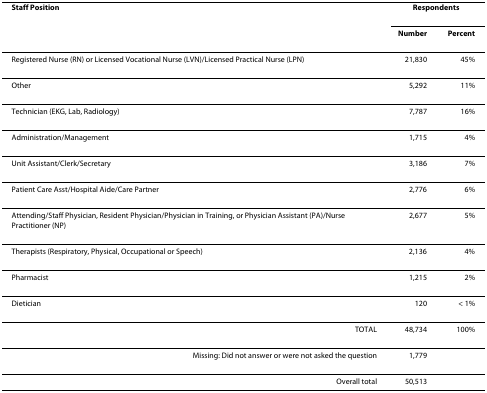
<table><thead><tr><td><b>Staff Position</b></td><td colspan="2"><b>Respondents</b></td></tr><tr><td></td><td><b>Number</b></td><td><b>Percent</b></td></tr></thead><tbody><tr><td>Registered Nurse (RN) or Licensed Vocational Nurse (LVN)/Licensed Practical Nurse (LPN)</td><td>21,830</td><td>45%</td></tr><tr><td>Other</td><td>5,292</td><td>11%</td></tr><tr><td>Technician (EKG, Lab, Radiology)</td><td>7,787</td><td>16%</td></tr><tr><td>Administration/Management</td><td>1,715</td><td>4%</td></tr><tr><td>Unit Assistant/Clerk/Secretary</td><td>3,186</td><td>7%</td></tr><tr><td>Patient Care Asst/Hospital Aide/Care Partner</td><td>2,776</td><td>6%</td></tr><tr><td>Attending/Staff Physician, Resident Physician/Physician in Training, or Physician Assistant (PA)/Nurse Practitioner (NP)</td><td>2,677</td><td>5%</td></tr><tr><td>Therapists (Respiratory, Physical, Occupational or Speech)</td><td>2,136</td><td>4%</td></tr><tr><td>Pharmacist</td><td>1,215</td><td>2%</td></tr><tr><td>Dietician</td><td>120</td><td>&lt; 1%</td></tr><tr><td>TOTAL</td><td>48,734</td><td>100%</td></tr><tr><td>Missing: Did not answer or were not asked the question</td><td>1,779</td><td></td></tr><tr><td>Overall total</td><td>50,513</td><td></td></tr></tbody></table>